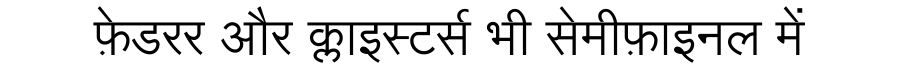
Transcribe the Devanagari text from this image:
फ़ेडरर और क्लाइस्टर्स भी सेमीफ़ाइनल में